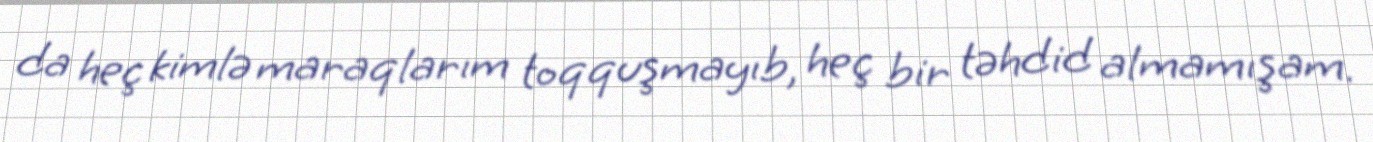
da heç kimlə maraqlarım toqquşmayıb, heç bir təhdid almamışam.